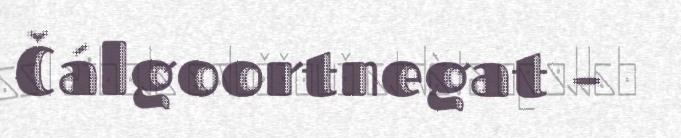
Čálgoortnegat –